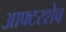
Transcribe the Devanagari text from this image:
आफ्टरशेव